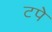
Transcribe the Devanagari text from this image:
टपे